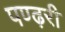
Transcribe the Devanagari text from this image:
पण्ढ़री